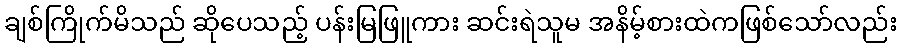
ချစ်ကြိုက်မိသည် ဆိုပေသည့် ပန်းမြဖြူကား ဆင်းရဲသူမ အနိမ့်စားထဲကဖြစ်သော်လည်း